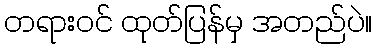
တရားဝင် ထုတ်ပြန်မှ အတည်ပဲ။